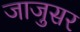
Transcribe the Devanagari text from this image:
जाजुसर